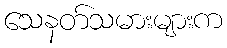
သေနတ်သမားများက